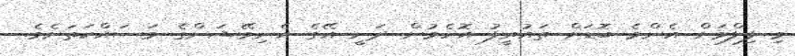
މި ފިލްމަށް އެންމެ ބޮޑަށް ތައުރީފު އޮހެމުން ދަނީ އޭގެ އެނިމޭޝަންގެ މަސައްކަތަށެވެ.